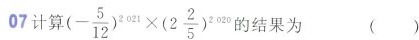
07计算 $$(- \frac{5}{12})^{2021}\times(2 \frac{2}{5})^{2020}$$ 的结果为 ( )